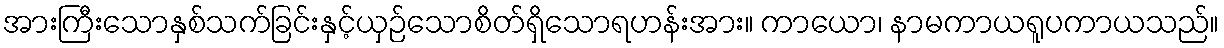
အားကြီးသောနှစ်သက်ခြင်းနှင့်ယှဉ်သောစိတ်ရှိသောရဟန်းအား။ ကာယော၊ နာမကာယရူပကာယသည်။